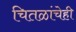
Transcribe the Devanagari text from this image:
चितळांचेही